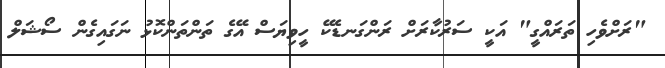
"ރަށްވެހި ތަރައްގީ" އަކީ ސަރުކާރަށް ރަންގަނޑެކޭ ހީވިޔަސް އޭގެ ތަންތަންކޮޅު ނަގައިގެން ސޯޝަލް